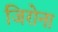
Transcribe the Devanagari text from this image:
जिरोना